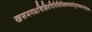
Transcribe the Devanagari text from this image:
खसमगधषिबिरगिरिमिथिलसमतटोड्राष्ववदनदन्तुरकाः।